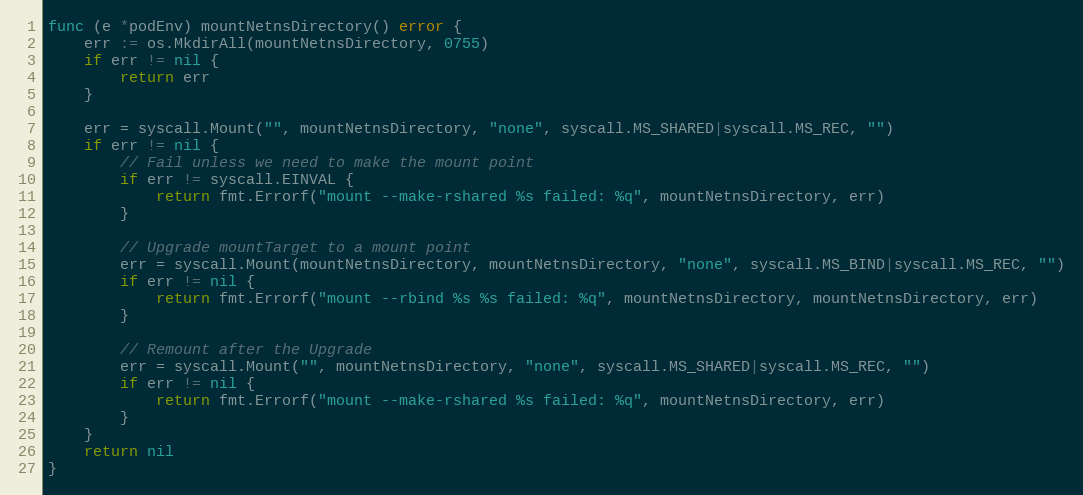
Language: Go
func (e *podEnv) mountNetnsDirectory() error {
	err := os.MkdirAll(mountNetnsDirectory, 0755)
	if err != nil {
		return err
	}

	err = syscall.Mount("", mountNetnsDirectory, "none", syscall.MS_SHARED|syscall.MS_REC, "")
	if err != nil {
		// Fail unless we need to make the mount point
		if err != syscall.EINVAL {
			return fmt.Errorf("mount --make-rshared %s failed: %q", mountNetnsDirectory, err)
		}

		// Upgrade mountTarget to a mount point
		err = syscall.Mount(mountNetnsDirectory, mountNetnsDirectory, "none", syscall.MS_BIND|syscall.MS_REC, "")
		if err != nil {
			return fmt.Errorf("mount --rbind %s %s failed: %q", mountNetnsDirectory, mountNetnsDirectory, err)
		}

		// Remount after the Upgrade
		err = syscall.Mount("", mountNetnsDirectory, "none", syscall.MS_SHARED|syscall.MS_REC, "")
		if err != nil {
			return fmt.Errorf("mount --make-rshared %s failed: %q", mountNetnsDirectory, err)
		}
	}
	return nil
}